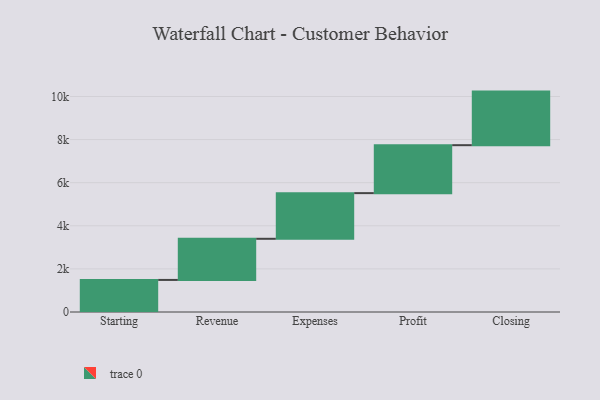
{"axis": {"x": "Step", "y": "Value"}, "legend": [""], "data": [{"x": "Starting", "y": 1488.0, "type": ""}, {"x": "Revenue", "y": 1909.0, "type": ""}, {"x": "Expenses", "y": 2119.0, "type": ""}, {"x": "Profit", "y": 2225.0, "type": ""}, {"x": "Closing", "y": 2486.0, "type": ""}]}